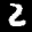
Label: 2